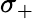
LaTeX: \sigma_{+}